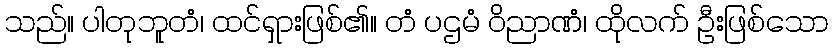
သည်။ ပါတုဘူတံ၊ ထင်ရှားဖြစ်၏။ တံ ပဌမံ ဝိညာဏံ၊ ထိုလက် ဦးဖြစ်သော